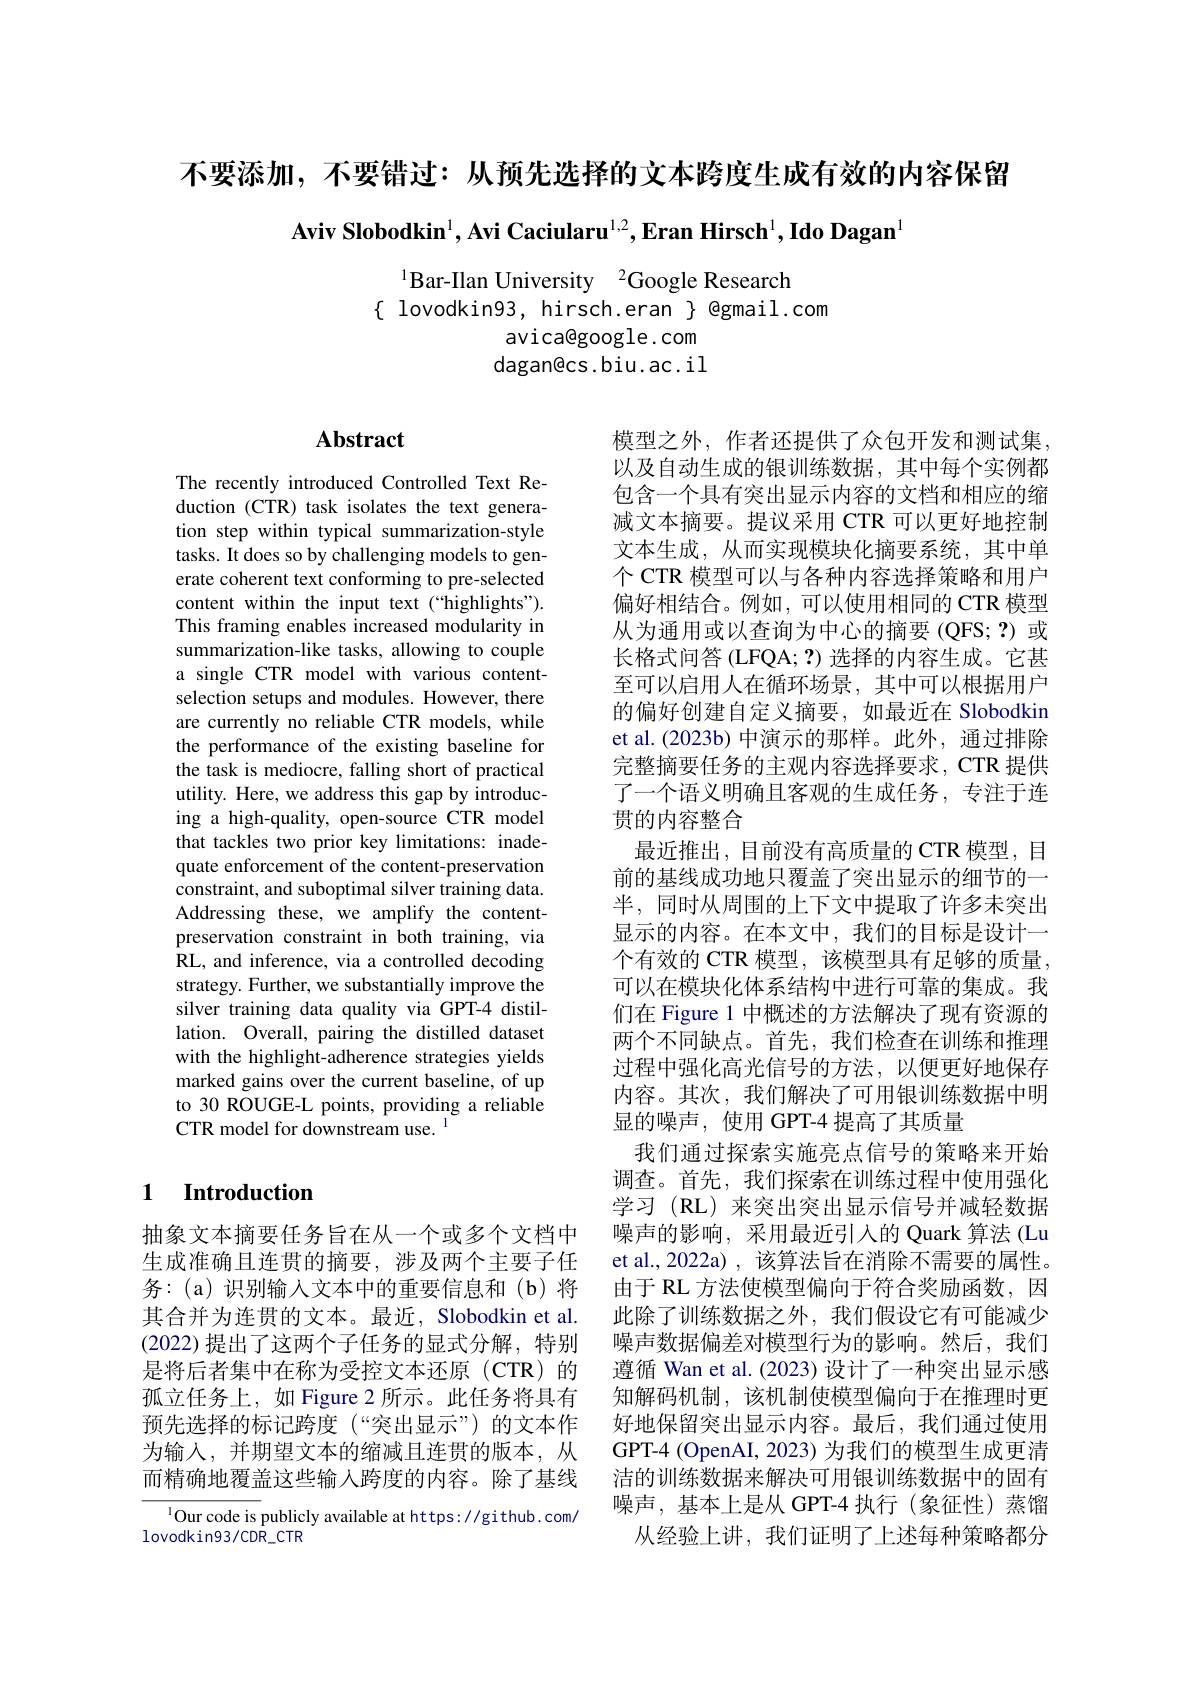
不要添加，不要错过：从预先选择的文本跨度生成有效的内容保留

Aviv Slobodkin$^1,\text{Avi Caciularu}^{1,2},\textbf{Eran Hirsch}^1,\textbf{Ido Dagan}^1$

$^{1}$Bar-Ilan University$^{2}$Google Research
$\{$ lovodkin93, hirsch.eran $\}$ @gmail.com
avica@google.com dagan@cs.biu.ac.il

### $\mathbf{Abstract}$

The recently introduced Controlled Text Reduction (CTR) task isolates the text generation step within typical summarization-style tasks. It does so by challenging models to generate coherent text conforming to pre-selected content within the input text (“highlights"). This framing enables increased modularity in summarization-like tasks, allowing to couple a single CTR model with various contentselection setups and modules. However, there are currently no reliable CTR models, while the performance of the existing baseline for the task is mediocre, falling short of practical utility. Here, we address this gap by introducing a high-quality, open-source CTR model that tackles two prior key limitations: inadequate enforcement of the content-preservation constraint, and suboptimal silver training data. Addressing these, we amplify the contentpreservation constraint in both training, via RL, and inference, via a controlled decoding strategy. Further, we substantially improve the silver training data quality via GPT-4 distillation. Overall, pairing the distilled dataset with the highlight-adherence strategies yields marked gains over the current baseline, of up to 30 ROUGE-L points, providing a reliable CTR model for downstream use. I

模型之外，作者还提供了众包开发和测试集， 以及自动生成的银训练数据，其中每个实例都包含一个具有突出显示内容的文档和相应的缩减文本摘要。提议采用 CTR 可以更好地控制文本生成，从而实现模块化摘要系统，其中单个 CTR 模型可以与各种内容选择策略和用户偏好相结合。例如，可以使用相同的 CTR 模型从为通用或以查询为中心的摘要(QFS;?)或长格式问答 (LFQA; ?) 选择的内容生成。它甚至可以启用人在循环场景，其中可以根据用户的偏好创建自定义摘要，如最近在 Slobodkin et al.(2023b) 中演示的那样。此外，通过排除完整摘要任务的主观内容选择要求，CTR 提供了一个语义明确且客观的生成任务，专注于连贯的内容整合
最近推出，目前没有高质量的 CTR 模型，目前的基线成功地只覆盖了突出显示的细节的一半，同时从周围的上下文中提取了许多未突出显示的内容。在本文中，我们的目标是设计一个有效的 CTR 模型，该模型具有足够的质量， 可以在模块化体系结构中进行可靠的集成。我们在 Figure 1 中概述的方法解决了现有资源的两个不同缺点。首先，我们检查在训练和推理过程中强化高光信号的方法，以便更好地保存内容。其次，我们解决了可用银训练数据中明显的噪声，使用 GPT-4 提高了其质量
我们通过探索实施亮点信号的策略来开始调查。首先，我们探索在训练过程中使用强化学习 (RL) 来突出突出显示信号并减轻数据噪声的影响，采用最近引入的 Quark 算法 (Lu et al., 2022a) , 该算法旨在消除不需要的属性。由于 RL 方法使模型偏向于符合奖励函数，因此除了训练数据之外，我们假设它有可能减少噪声数据偏差对模型行为的影响。然后，我们遵循 Wan et al. (2023) 设计了一种突出显示感知解码机制，该机制使模型偏向于在推理时更好地保留突出显示内容。最后，我们通过使用GPT-4 (OpenAI, 2023) 为我们的模型生成更清洁的训练数据来解决可用银训练数据中的固有噪声，基本上是从 GPT-4 执行(象征性)蒸馏
从经验上讲，我们证明了上述每种策略都分

## 1 Introduction

抽象文本摘要任务旨在从一个或多个文档中生成准确且连贯的摘要，涉及两个主要子任务：(a)识别输入文本中的重要信息和(b)将其合并为连贯的文本。最近，Slobodkin et al. (2022)提出了这两个子任务的显式分解，特别是将后者集中在称为受控文本还原(CTR)的孤立任务上，如 Figure 2 所示。此任务将具有预先选择的标记跨度(“突出显示”)的文本作为输入，并期望文本的缩减且连贯的版本，从而精确地覆盖这些输入跨度的内容。除了基线

$^{1}$Our code is publicly available at https://github.com/
lovodkin93/ CDR$\_$CTR